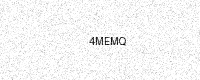
Text: 4MEMQ